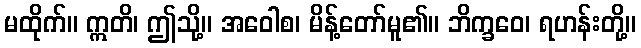
မထိုက်။ ဣတိ၊ ဤသို့။ အဝေါစ၊ မိန့်တော်မူ၏။ ဘိက္ခဝေ၊ ရဟန်းတို့။